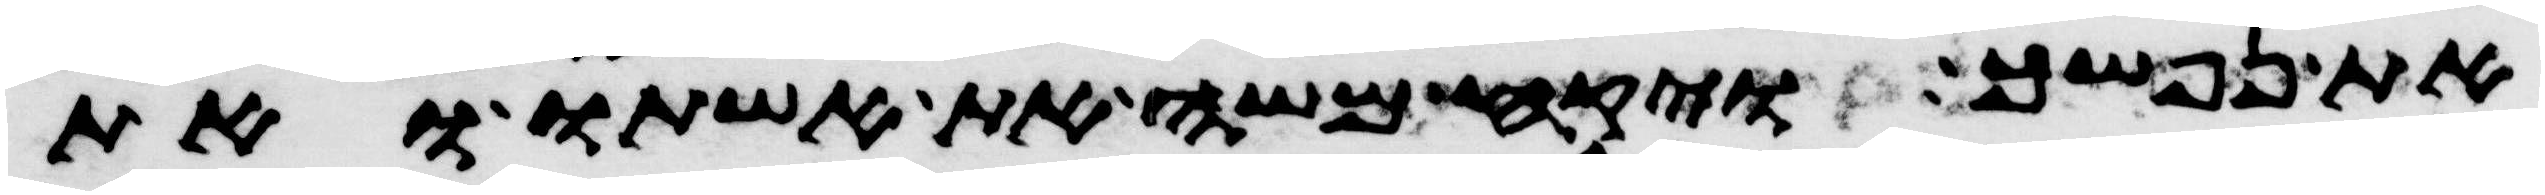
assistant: את נפשך ויקח משה את אשתו ואת